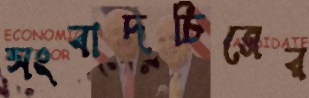
সংবাদচিত্রের